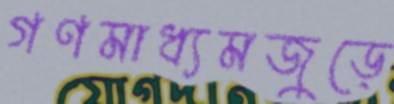
গণমাধ্যমজুড়ে